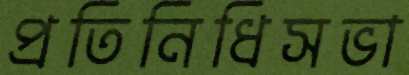
প্রতিনিধিসভা